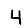
Digit: 4